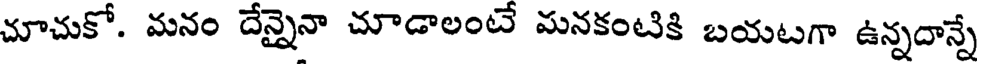
చూచుకో. మనం దేన్నైనా చూడాలంటే మనకంటికి బయటగా ఉన్నదాన్నే